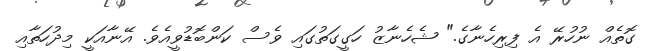
ގޮތެއް ނުހުރޭ އެ ފިރިހެނާގެ." ޝެހެނާޒު ހަގީގަތުގައި ވެސް ކަންބޮޑުވީއެވެ. އޭނާއަކީ މިދުހަތާއި